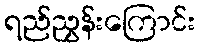
ရည်ညွှန်းကြောင်း